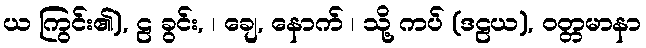
ယ ကြွင်း၏), ဠ ခွင်း, ၊ ချေ, နောက် ၊ သို့ ကပ် (ဒဠယ), ဝတ္တမာနာ